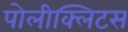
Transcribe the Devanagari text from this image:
पोलीक्लिटस